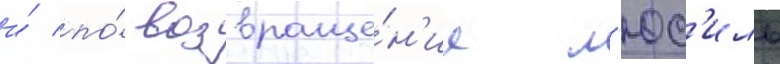
и́ по́ возвраще́н'ии л'юс'иль